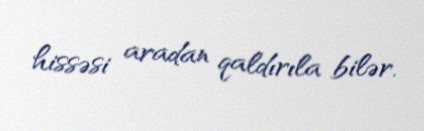
hissəsi aradan qaldırıla bilər.